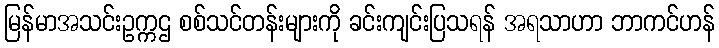
မြန်မာအသင်းဥက္ကဌ စစ်သင်တန်းများကို ခင်းကျင်းပြသရန် အရသာဟာ ဘာကင်ဟန်